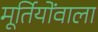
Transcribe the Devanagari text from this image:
मूर्तियोंवाला